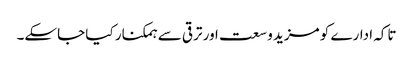
تاکہ ادارے کو مزید وسعت اور ترقی سے ہمکنار کیا جاسکے۔